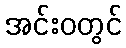
အင်းဝတွင်